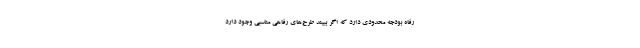
رفاه بودجه محدودی دارد که اگر ببیند طرح‌های رفاهی مناسبی وجود دارد